Annual report on the lock hospitals of the Madras Presidency
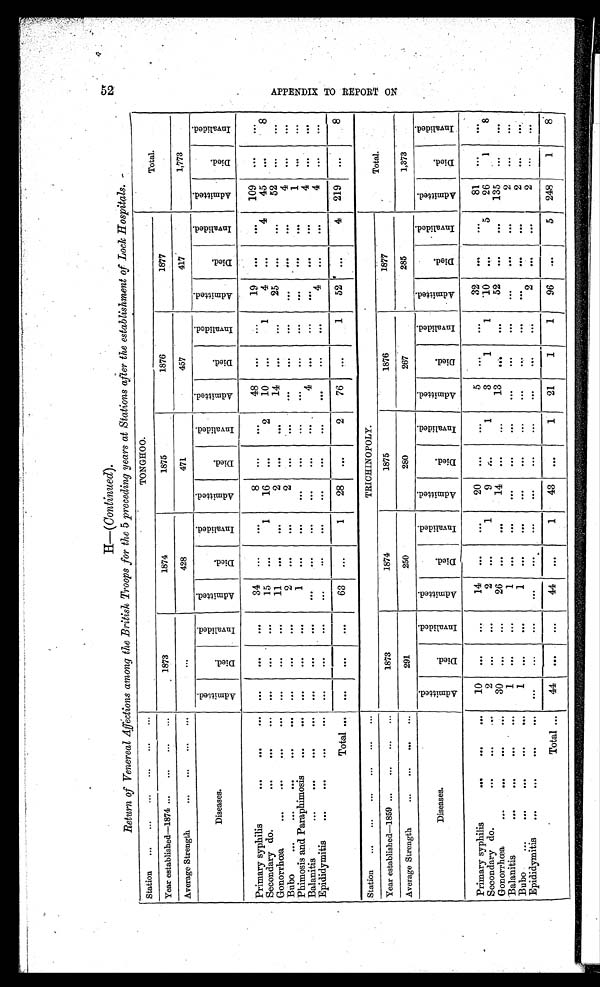
H— (Continued).
Return of Venereal Affections among the British Troops for the 5 preceding years at Stations after the establishment of Lock Hospitals. -
Station ...
...
... ... ... ...
TONGHOO.
Total.
Year established—1874 ...
... ... ...
1873
1874
1875
1876
1877
Average Strength
... ...
...
...
. . .
428
471
457
417
1,773
Diseases.
A d m i t t e d .
D i e d .
I n v a l i d e d .
A d m i t t e d .
D i e d .
I n v l i d e d .
A d m i t t e d .
D i e d .
I n v a l i d e d .
A d m i t t e d .
D i e d .
I n v a l i d e d .
A d m i t t e d .
D i e d .
I n v a l i d e d .
A d m i t t e d .
D i e d .
I n v a l i d e d .
Primary syphilis
... ... ...
. . .
. . .
. . .
34
. . .
. . .
8
. . .
. . .
48
. . . ...
19
. . .
. . .
109
. . .
. . .
Secondary do.
...
...
...
. . .
. . .
. . .
15
. . .
1
16
. . .
2
10 ...
1
4
. . .
4
45
. . .
8
Gonorrhœa
... ... ... ...
. . .
. . .
. . .
11
. . .
. . .
2
. . .
. . .
14
. . .
. . .
25
. . .
. . .
52
. . .
. . .
Bubo
... ... ... ... ...
...
. . .
. . .
2
. . .
. . .
2
. . .
...
. . .
. . .
. . . . . .
. . .
. . .
4
. . .
. . .
Phimosis and Paraphimosis
... ...
. . .
. . .
. . .
1
. . .
. . .
. . .
. . .
. . .
...
. . .
. . . . . .
. . .
. . .
1
. . .
. . .
Balanitis
... ... ... ...
. . .
. . .
. . .
. . .
. . .
. . .
. . .
. . .
. . .
4
. . .
. . .
. . .
. . .
. . .
4
. . .
. . .
Epididymitis
... ... ... ...
. . .
. . .
. . .
. . .
...
. . .
. . .
. . .
. . .
. . .
. . .
. . .
4
. . .
. . .
4
. . .
. . .
Total
...
. . .
. . .
. . .
63
...
1
28
. . .
2
76
. . .
1
52
. . .
4 219 ...
8
Station ...
...
...
...
...
...
TRICHINOPOLY.
Total.
Year established—1859 ...
... ... ...
1873
1874
1875
1876
1877
Average Strength
... ... ... ...
291
250
280
267
285
1,373
Diseases.
A d m i t t e d .
D i e d .
I n v a l i d e d .
A d m i t t e d .
D i e d .
I n v a l i d e d .
A d m i t t e d .
D i e d .
I n v a l i d e d .
A d m i t t e d .
D i e d .
I n v a l i d e d .
A d m i t t e d .
Died.
I n v a l i d e d .
A d m i t t e d .
D i e d .
I n v a l i d e d .
Primary syphilis
... ... ...
10
. . .
. . .
14
. . .
. . .
20
. . .
. . .
5
. . .
. . .
32
. . .
. . .
81
...
. . .
Secondary do.
... ... ...
2
. . .
. . .
2
. . .
1
9
. . .
1
3
1
1
10
. . .
5
26
1
8
Gonorrhœa
... ... ... ...
30
. . .
. . .
26
. . .
. . .
14
. . .
. . .
13
...
. . .
52
. . .
. . .
135
. . .
. . .
Balanitis
... ...
...
...
1
. . .
. . .
1
. . .
. . .
...
. . .
. . .
. . .
. . .
. . . . . .
. . .
. . .
2
. . .
. . .
Bubo
...
... ... ... ...
1
. . .
. . .
1
. . .
. . .
. . .
. . .
...
. . . ...
. . .
. . .
. . .
. . .
2 ...
. . .
Epididymitis
...
... ... ...
. . .
. . .
. . .
. . .
. . .
. . .
. . .
. . . ...
...
. . .
. . .
2
. . .
. . .
2
. . . ...
Total
...
44
. . .
. . . 44
. . .
1
43
. . .
1
21
1
1
96
. . .
5
248
1
8
5 2 A P P E N D I X T O R E P O R T O N